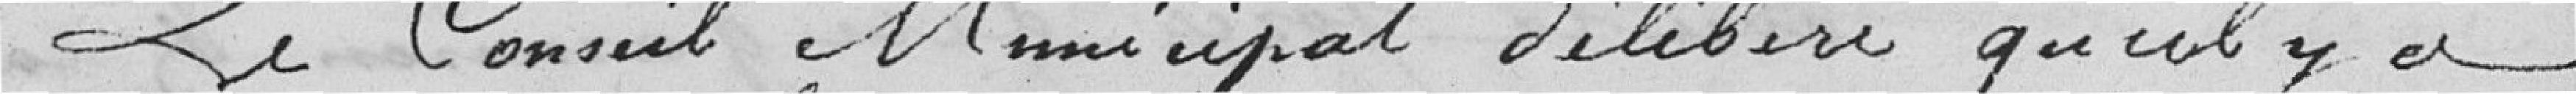
Le Conseil Municipal délibère qu'il y a